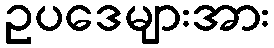
ဥပဒေများအား